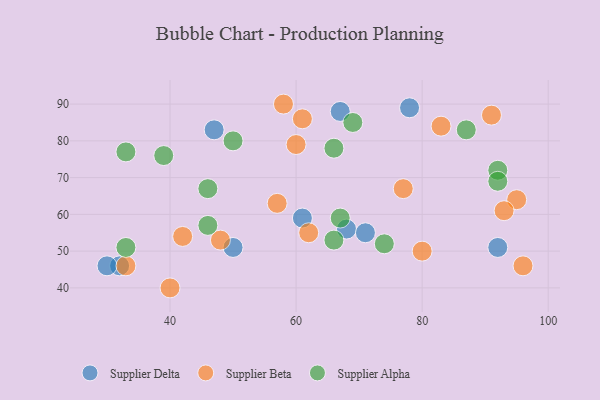
{"axis": {"x": "GDP", "y": "Life Expectancy"}, "legend": ["Supplier Alpha", "Supplier Beta", "Supplier Delta"], "data": [{"x": "50", "y": 51, "type": "Supplier Delta"}, {"x": "61", "y": 59, "type": "Supplier Delta"}, {"x": "32", "y": 46, "type": "Supplier Delta"}, {"x": "68", "y": 56, "type": "Supplier Delta"}, {"x": "47", "y": 83, "type": "Supplier Delta"}, {"x": "71", "y": 55, "type": "Supplier Delta"}, {"x": "92", "y": 51, "type": "Supplier Delta"}, {"x": "78", "y": 89, "type": "Supplier Delta"}, {"x": "67", "y": 88, "type": "Supplier Delta"}, {"x": "30", "y": 46, "type": "Supplier Delta"}, {"x": "61", "y": 86, "type": "Supplier Beta"}, {"x": "96", "y": 46, "type": "Supplier Beta"}, {"x": "48", "y": 53, "type": "Supplier Beta"}, {"x": "42", "y": 54, "type": "Supplier Beta"}, {"x": "58", "y": 90, "type": "Supplier Beta"}, {"x": "33", "y": 46, "type": "Supplier Beta"}, {"x": "57", "y": 63, "type": "Supplier Beta"}, {"x": "60", "y": 79, "type": "Supplier Beta"}, {"x": "80", "y": 50, "type": "Supplier Beta"}, {"x": "77", "y": 67, "type": "Supplier Beta"}, {"x": "62", "y": 55, "type": "Supplier Beta"}, {"x": "91", "y": 87, "type": "Supplier Beta"}, {"x": "83", "y": 84, "type": "Supplier Beta"}, {"x": "95", "y": 64, "type": "Supplier Beta"}, {"x": "40", "y": 40, "type": "Supplier Beta"}, {"x": "93", "y": 61, "type": "Supplier Beta"}, {"x": "46", "y": 67, "type": "Supplier Alpha"}, {"x": "67", "y": 59, "type": "Supplier Alpha"}, {"x": "74", "y": 52, "type": "Supplier Alpha"}, {"x": "69", "y": 85, "type": "Supplier Alpha"}, {"x": "39", "y": 76, "type": "Supplier Alpha"}, {"x": "66", "y": 53, "type": "Supplier Alpha"}, {"x": "50", "y": 80, "type": "Supplier Alpha"}, {"x": "87", "y": 83, "type": "Supplier Alpha"}, {"x": "46", "y": 57, "type": "Supplier Alpha"}, {"x": "92", "y": 72, "type": "Supplier Alpha"}, {"x": "33", "y": 77, "type": "Supplier Alpha"}, {"x": "33", "y": 51, "type": "Supplier Alpha"}, {"x": "92", "y": 69, "type": "Supplier Alpha"}, {"x": "66", "y": 78, "type": "Supplier Alpha"}]}